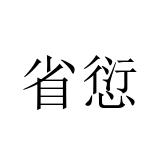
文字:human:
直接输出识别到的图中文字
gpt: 省愆